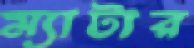
ম্যাটার